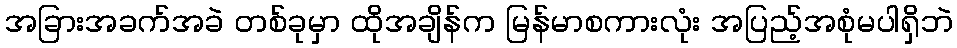
အခြားအခက်အခဲ တစ်ခုမှာ ထိုအချိန်က မြန်မာစကားလုံး အပြည့်အစုံမပါရှိဘဲ